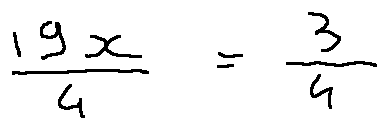
\frac { 1 9 x } { 4 } = \frac { 3 } { 4 }